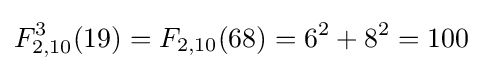
F_{2,10}^{3}(19)=F_{2,10}(68)=6^{2}+8^{2}=100